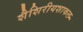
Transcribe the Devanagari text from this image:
शैशिरीयशाकल